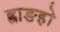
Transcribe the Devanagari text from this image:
ह्वाङहो